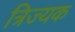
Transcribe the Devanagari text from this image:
त्रिज्यक